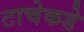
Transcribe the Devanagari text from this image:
टाचेकडे